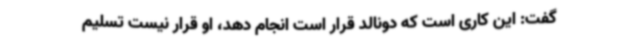
گفت: این کاری است که دونالد قرار است انجام دهد، او قرار نیست تسلیم